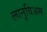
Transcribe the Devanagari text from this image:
लानुविअम